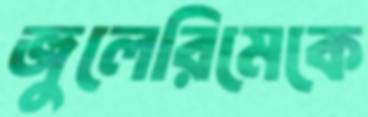
জুলেরিমেকে